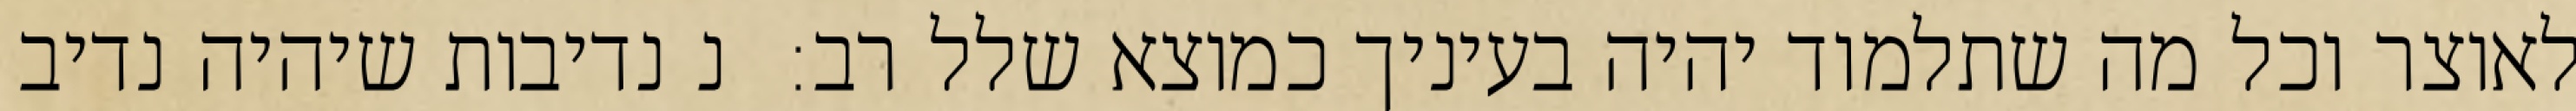
לאוצר וכל מה שתלמוד יהיה בעיניך כמוצא שלל רב:  נ נדיבות שיהיה נדיב